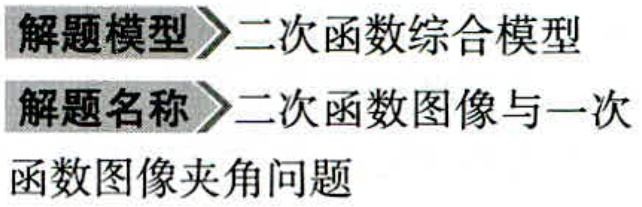
解题模型 \(\rightharpoonup\) 二次函数综合模型
解题名称 \(\rightharpoonup\) 二次函数图像与一次函数图像夹角问题